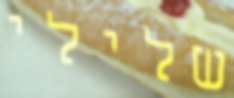
שלילי